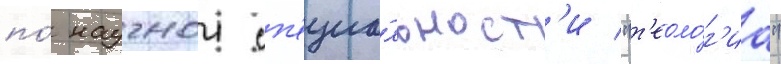
по́ научнои сп'ециа́льност'и "т'еоло́г'иа"